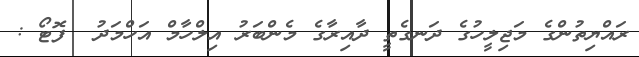
ރައްޔިތުންގެ މަޖިލީހުގެ ދަނގެތީ ދާއިރާގެ މެންބަރު އިލްހާމް އަހްމަދު  ފޮޓޯ :